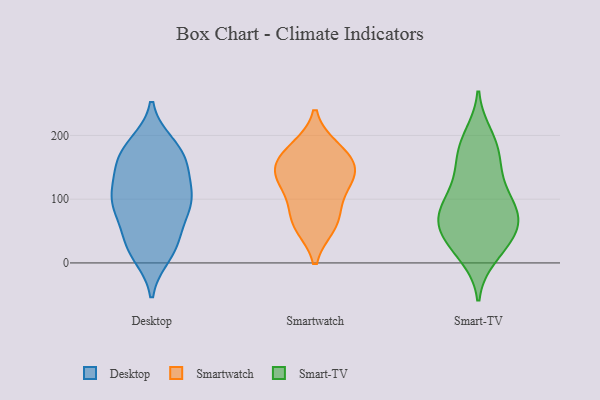
{"axis": {"x": "Gross Profit (USD K)", "y": "Value"}, "legend": ["Desktop", "Smart-TV", "Smartwatch"], "data": [{"x": "", "y": 94, "type": "Desktop"}, {"x": "", "y": 152, "type": "Desktop"}, {"x": "", "y": 108, "type": "Desktop"}, {"x": "", "y": 25, "type": "Desktop"}, {"x": "", "y": 141, "type": "Desktop"}, {"x": "", "y": 98, "type": "Desktop"}, {"x": "", "y": 112, "type": "Desktop"}, {"x": "", "y": 168, "type": "Desktop"}, {"x": "", "y": 174, "type": "Desktop"}, {"x": "", "y": 82, "type": "Desktop"}, {"x": "", "y": 52, "type": "Desktop"}, {"x": "", "y": 21, "type": "Desktop"}, {"x": "", "y": 181, "type": "Desktop"}, {"x": "", "y": 87, "type": "Desktop"}, {"x": "", "y": 13, "type": "Desktop"}, {"x": "", "y": 96, "type": "Desktop"}, {"x": "", "y": 32, "type": "Desktop"}, {"x": "", "y": 151, "type": "Desktop"}, {"x": "", "y": 186, "type": "Desktop"}, {"x": "", "y": 180, "type": "Smartwatch"}, {"x": "", "y": 60, "type": "Smartwatch"}, {"x": "", "y": 150, "type": "Smartwatch"}, {"x": "", "y": 81, "type": "Smartwatch"}, {"x": "", "y": 146, "type": "Smartwatch"}, {"x": "", "y": 124, "type": "Smartwatch"}, {"x": "", "y": 176, "type": "Smartwatch"}, {"x": "", "y": 58, "type": "Smartwatch"}, {"x": "", "y": 117, "type": "Smartwatch"}, {"x": "", "y": 148, "type": "Smartwatch"}, {"x": "", "y": 47, "type": "Smart-TV"}, {"x": "", "y": 54, "type": "Smart-TV"}, {"x": "", "y": 106, "type": "Smart-TV"}, {"x": "", "y": 52, "type": "Smart-TV"}, {"x": "", "y": 131, "type": "Smart-TV"}, {"x": "", "y": 22, "type": "Smart-TV"}, {"x": "", "y": 80, "type": "Smart-TV"}, {"x": "", "y": 178, "type": "Smart-TV"}, {"x": "", "y": 94, "type": "Smart-TV"}, {"x": "", "y": 200, "type": "Smart-TV"}, {"x": "", "y": 190, "type": "Smart-TV"}, {"x": "", "y": 22, "type": "Smart-TV"}, {"x": "", "y": 10, "type": "Smart-TV"}, {"x": "", "y": 60, "type": "Smart-TV"}, {"x": "", "y": 147, "type": "Smart-TV"}, {"x": "", "y": 66, "type": "Smart-TV"}, {"x": "", "y": 161, "type": "Smart-TV"}, {"x": "", "y": 92, "type": "Smart-TV"}, {"x": "", "y": 80, "type": "Smart-TV"}]}